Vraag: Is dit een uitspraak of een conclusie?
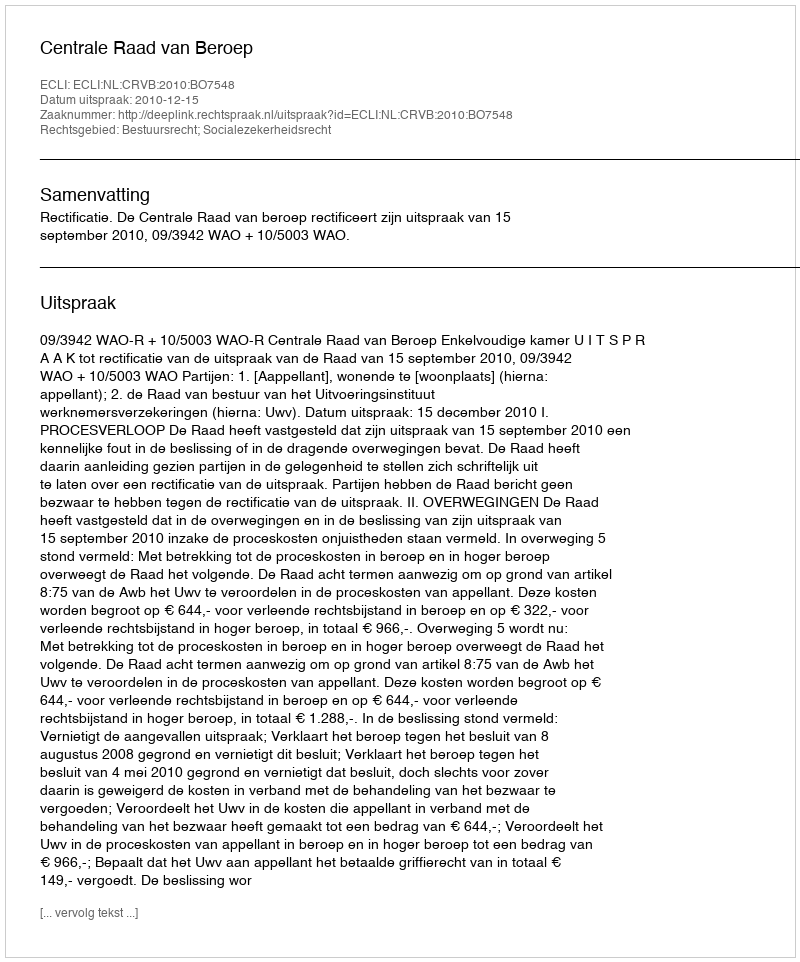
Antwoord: Uitspraak